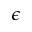
\epsilon